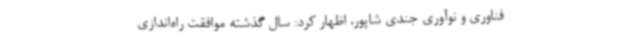
فناوری و نوآوری جندی شاپور، اظهار کرد: سال گذشته موافقت راه‌اندازی